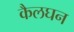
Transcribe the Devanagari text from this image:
कैलघन